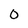
Character: 0